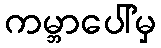
ကမ္ဘာပေါ်မှ